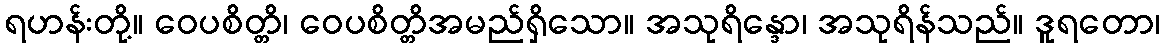
ရဟန်းတို့။ ဝေပစိတ္တိ၊ ဝေပစိတ္တိအမည်ရှိသော။ အသုရိန္ဒော၊ အသုရိန်သည်။ ဒူရတော၊